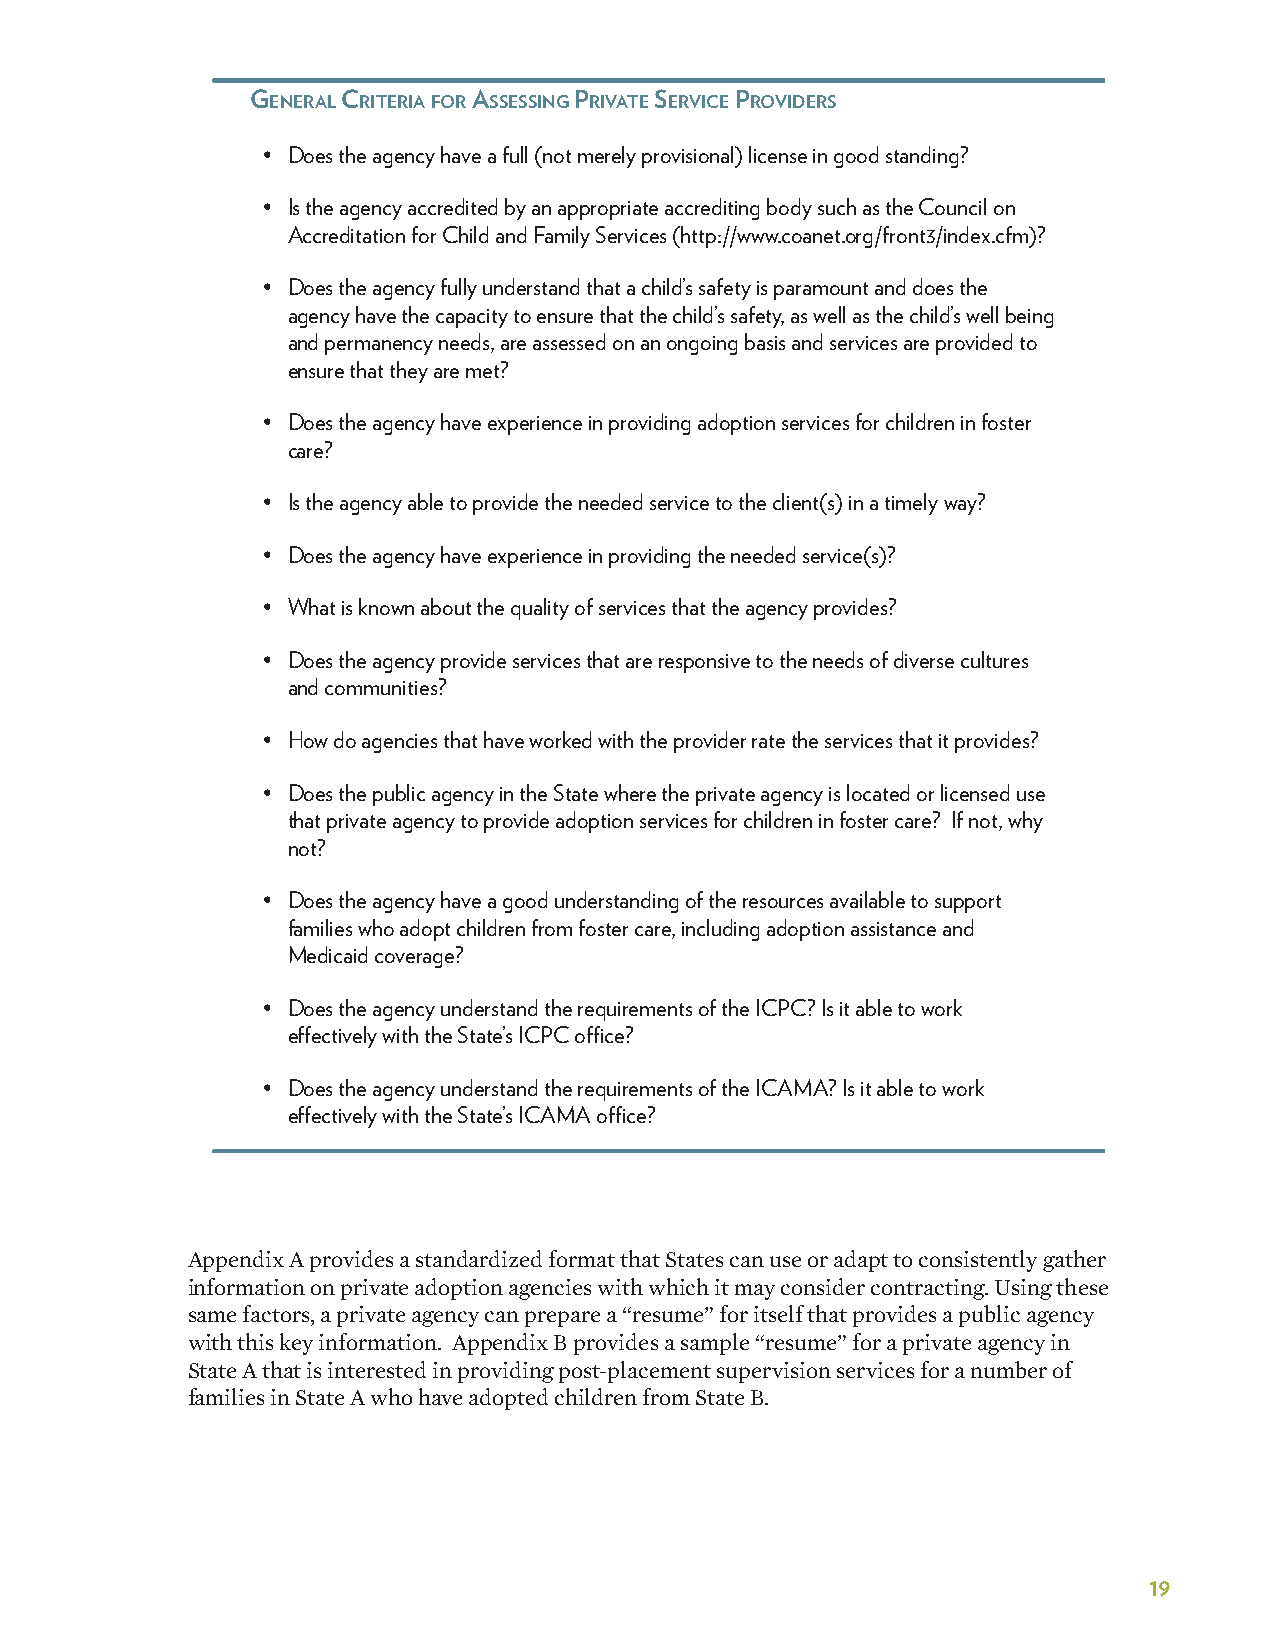
General criTeria for aSSeSSinG PrivaTe Service ProviDerS
 • Does the agency have a full (not merely provisional) license in good standing?
 • Is the agency accredited by an appropriate accrediting body such as the Council on
 Accreditation for Child and Family Services (http://www�coanet�org/front3/index�cfm)?
 • Does the agency fully understand that a child’s safety is paramount and does the
 agency have the capacity to ensure that the child’s safety, as well as the child’s well being
 and permanency needs, are assessed on an ongoing basis and services are provided to
 ensure that they are met?
 • Does the agency have experience in providing adoption services for children in foster
 care?
 • Is the agency able to provide the needed service to the client(s) in a timely way?
 • Does the agency have experience in providing the needed service(s)?
 • What is known about the quality of services that the agency provides?
 • Does the agency provide services that are responsive to the needs of diverse cultures
 and communities?
 • How do agencies that have worked with the provider rate the services that it provides?
 • Does the public agency in the State where the private agency is located or licensed use
 that private agency to provide adoption services for children in foster care? If not, why
 not?
 • Does the agency have a good understanding of the resources available to support
 families who adopt children from foster care, including adoption assistance and
 Medicaid coverage?
 • Does the agency understand the requirements of the ICPC? Is it able to work
 effectively with the State’s ICPC office?
 • Does the agency understand the requirements of the ICAMA? Is it able to work
 effectively with the State’s ICAMA office?
 Appendix A provides a standardized format that States can use or adapt to consistently gather
 information on private adoption agencies with which it may consider contracting. Using these
 same factors, a private agency can prepare a “resume” for itself that provides a public agency
 with this key information. Appendix B provides a sample “resume” for a private agency in
 State A that is interested in providing post-placement supervision services for a number of
 families in State A who have adopted children from State B.
 19